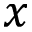
x